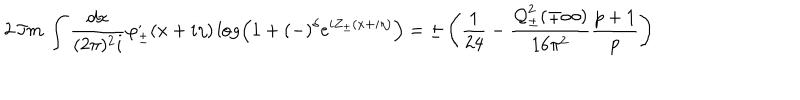
2 \, \Im m \, \int \frac { d x } { ( 2 \pi ) ^ { 2 } i } \varphi _ { \pm } ^ { , } ( x + i \eta ) \log \left( 1 + ( - ) ^ { \delta } e ^ { i Z _ { \pm } ( x + i \eta ) } \right) = \pm \left( \frac { 1 } { 2 4 } - \frac { { \cal Q } _ { \pm } ^ { 2 } ( \mp \infty ) } { 1 6 \pi ^ { 2 } } \frac { p + 1 } { p } \right)